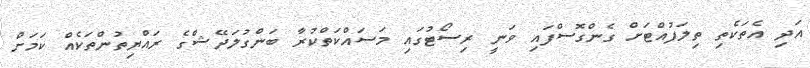
އަދި އެތަކެތި ތިލަފުއްޓަށް ގެންގޮސްފައި ވަނީ ރިސޯޓުގައި މަސައްކަތްކުރާ ބަންގުލަދޭޝްގެ ރައްޔިތުންތަކެއް ކަމަށް